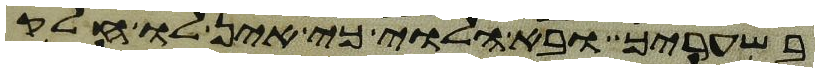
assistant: בשעריך ובא הלוי כי אין לו חלק